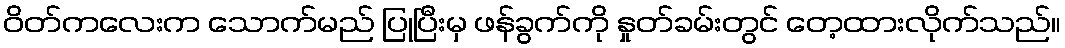
ဝိတ်ကလေးက သောက်မည် ပြုပြီးမှ ဖန်ခွက်ကို နှုတ်ခမ်းတွင် တေ့ထားလိုက်သည်။